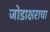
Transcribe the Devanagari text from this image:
जोडाक्षराचा